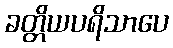
ခတ္တိယပရိသာပေ